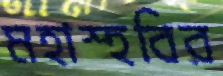
মহাস্হবির